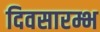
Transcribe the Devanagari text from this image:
दिवसारम्भ